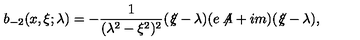
b _ { - 2 } ( x , \xi ; \lambda ) = - \frac { 1 } { ( \lambda ^ { 2 } - \xi ^ { 2 } ) ^ { 2 } } ( \not \! \xi - \lambda ) ( e \not \! \! A + i m ) ( \not \! \xi - \lambda ) ,